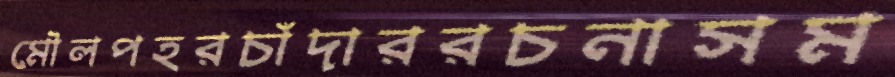
মৌলপহরচাঁদাররচনাসম